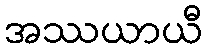
အဿယာယီ